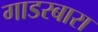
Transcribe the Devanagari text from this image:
गाडरबारा